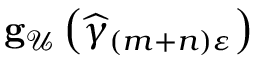
\mathbf { g } _ { \mathcal { U } } \left( \widehat { \gamma } _ { \left( m + n \right) \varepsilon } \right)